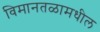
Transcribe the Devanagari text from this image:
विमानतळामधील